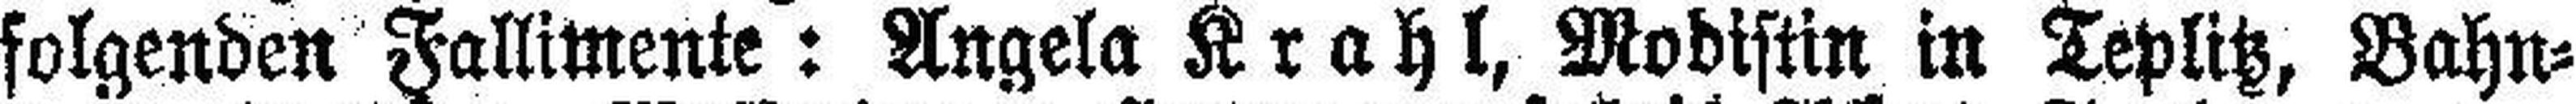
folgenden Fallimente: Angela Krahl, Modistin in Teplitz, Bahn¬